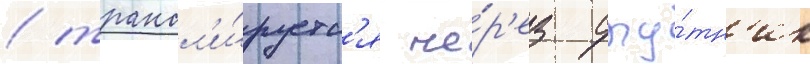
/ трансл'и́руетс'я че́р'ез спу́тн'ик